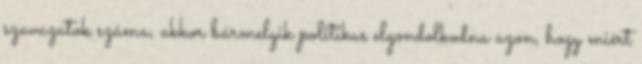
szavazatok száma, akkor bármelyik politikus elgondolkodna azon, hogy miért